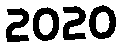
2020